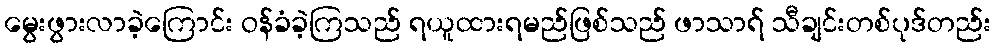
မွေးဖွားလာခဲ့ကြောင်း ဝန်ခံခဲ့ကြသည် ရယူထားရမည်ဖြစ်သည် ဖာသာရ် သီချင်းတစ်ပုဒ်တည်း